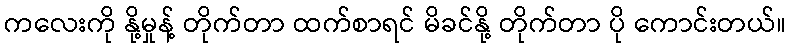
ကလေးကို နို့မှုန့် တိုက်တာ ထက်စာရင် မိခင်နို့ တိုက်တာ ပို ကောင်းတယ်။